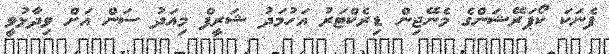
ފެނަކަ ކޯޕަރޭޝަންގެ މެނޭޖިން ޑިރެކްޓަރު އަހުމަދު ޝަރީފް މިއަދު ސަން އަށް ވިދާޅުވީ